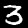
Label: 3